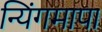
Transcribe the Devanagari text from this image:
न्यिंगमापा